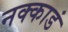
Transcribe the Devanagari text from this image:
नक्काडं